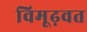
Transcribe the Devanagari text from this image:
विमूढ़वत